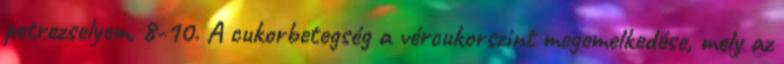
petrezselyem, 8-10. A cukorbetegség a vércukorszint megemelkedése, mely az